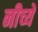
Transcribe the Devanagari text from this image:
नीच्ये